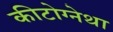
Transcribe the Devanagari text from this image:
कीटोग्नेथा